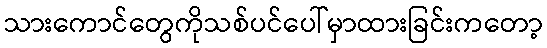
သားကောင်တွေကိုသစ်ပင်ပေါ်မှာထားခြင်းကတော့